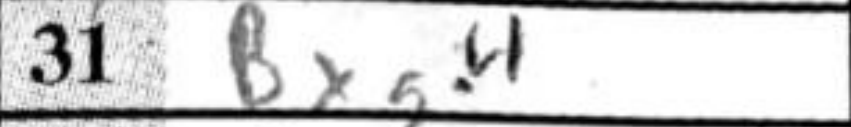
Transcription: Bxg4